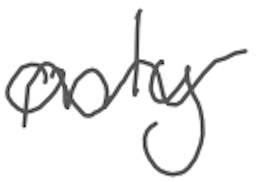
Text: only
Cross-out: wave
Writing tool: digital_gray